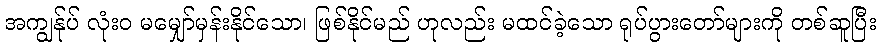
အကျွန်ုပ် လုံးဝ မမျှော်မှန်းနိုင်သော၊ ဖြစ်နိုင်မည် ဟုလည်း မထင်ခဲ့သော ရုပ်ပွားတော်များကို တစ်ဆူပြီး